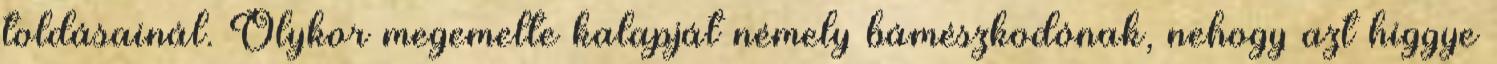
toldásainál. Olykor megemelte kalapját némely bámészkodónak, nehogy azt higgye